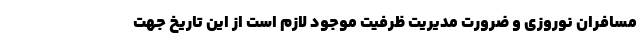
مسافران نوروزی و ضرورت مدیریت ظرفیت موجود لازم است از این تاریخ جهت